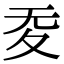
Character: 𡕠